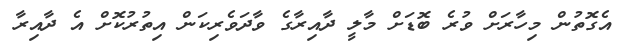
އެގޮތުން މިހާރަށް ވުރެ ބޮޑަށް މާލީ ދާއިރާގެ ވާދަވެރިކަން އިތުރުކޮށް އެ ދާއިރާ